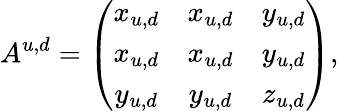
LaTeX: A^{u,d}=\left(\begin{array}{ccc}{{x_{u,d}}}&{{x_{u,d}}}&{{y_{u,d}}}\\ {{x_{u,d}}}&{{x_{u,d}}}&{{y_{u,d}}}\\ {{y_{u,d}}}&{{y_{u,d}}}&{{z_{u,d}}}\end{array}\right),